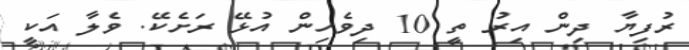
ރުފިޔާ ދިން އިރު ތީ 10 ދިވެހިން އުޅޭ ރަށެކޭ. ވެލާ އަކީ